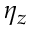
\eta _ { z }